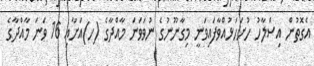
އެގޮތުން އިސްލާހު ހުށަހަޅުއްވާފައިވަނީ މިގާނޫނުގެ ނުވަވަނަ މާއްދާގެ (ހ)އަށާއި 16 ވަނަ މާއްދާގެ